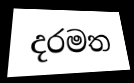
දරමත